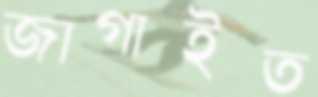
জাগাইত